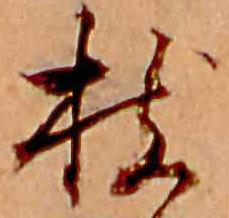
枝